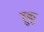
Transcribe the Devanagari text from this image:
हुकू